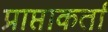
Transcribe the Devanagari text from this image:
प्राप्ताकर्ता